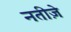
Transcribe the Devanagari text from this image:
नतीज़े